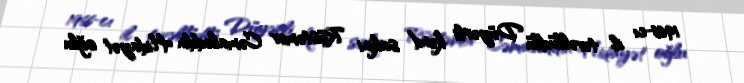
1966-cı il təvəllüdlü Düyərli kənd sakini Rüstəmov Cəmaləddin Hidayət oğlu